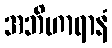
အဘိဟာရာနံ